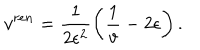
LaTeX: v ^ { r e n } = \frac { 1 } { 2 \epsilon ^ { 2 } } \left( \frac { 1 } { v } - 2 \epsilon \right) .